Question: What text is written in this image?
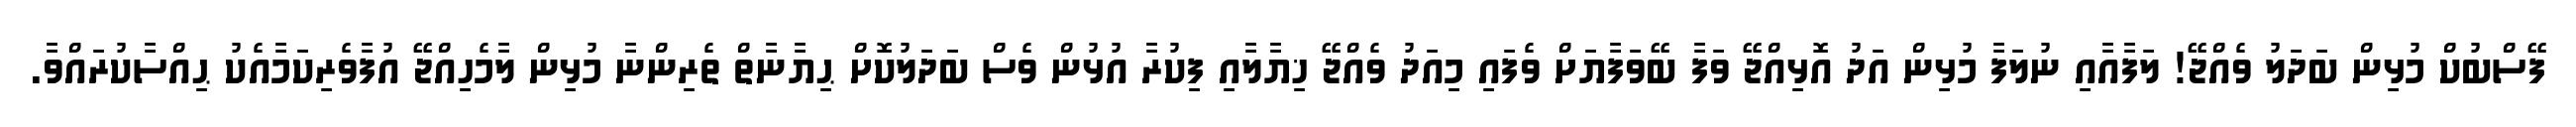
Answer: ފޭސްބުކް މުޅިން ބަދަލު ވެއްޖޭ! ލަފާއާއި ނުލަފާ މުޅިން އަދު އޮޅިއްޖޭ ވަފާ ބޭވަފާޔަށް ވެފައި މިއަދު ވެއްޖޭ ޚިޔާލާއި ފިކުރާ އުޅުން ވެސް ބަދަލުކޮށް ޙިޔާނާތް ތެރިންނާ މުޅިން ލާމެހިއްޖޭ އުފާވެރިކަމާއެކު ޙިއްސާކުރައްވާ.